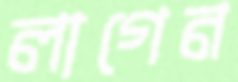
লাগেন